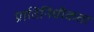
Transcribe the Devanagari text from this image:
प्रातिनिधीकता